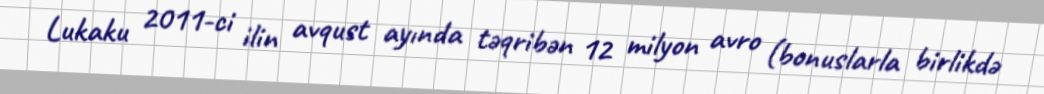
Lukaku 2011-ci ilin avqust ayında təqribən 12 milyon avro (bonuslarla birlikdə